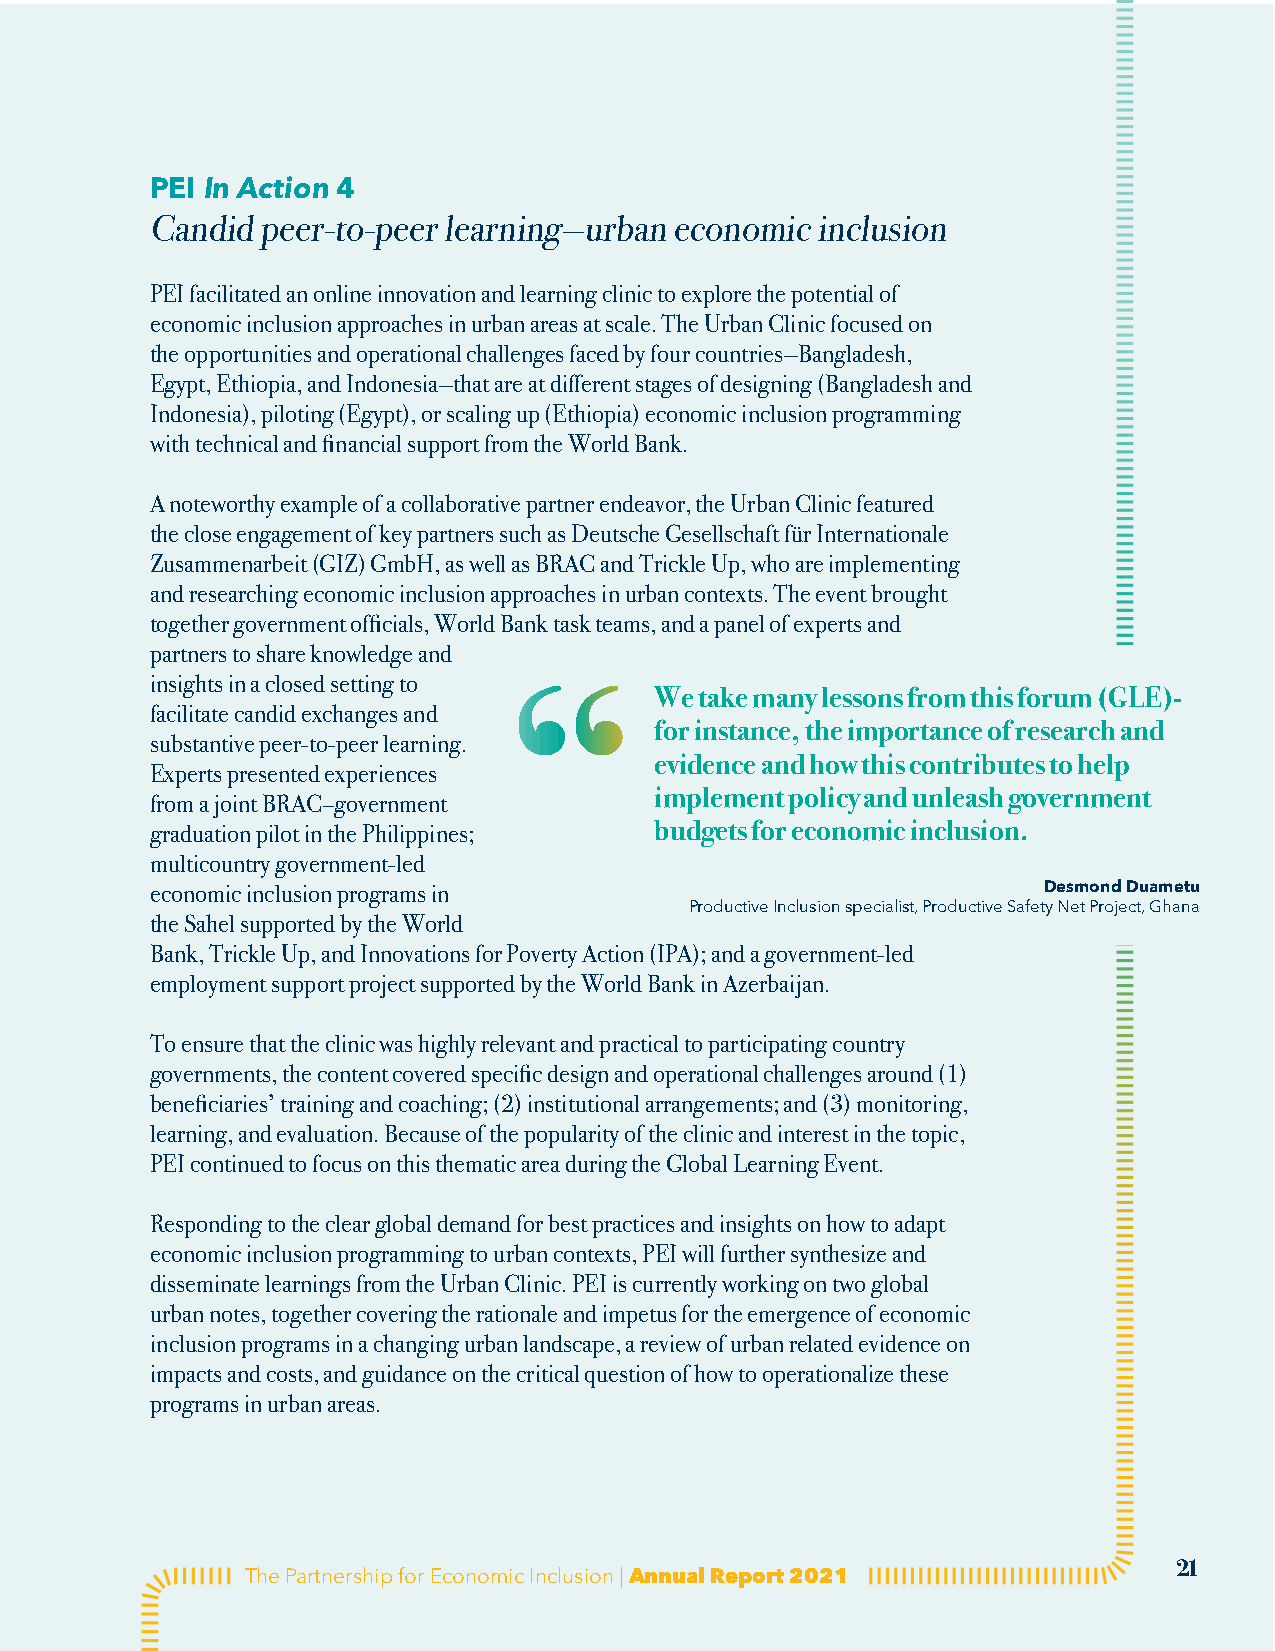
PEI In Action 4
 Candid peer-to-peer learning—urban economic inclusion
 PEI facilitated an online innovation and learning clinic to explore the potential of
 economic inclusion approaches in urban areas at scale. The Urban Clinic focused on
 the opportunities and operational challenges faced by four countries—Bangladesh,
 Egypt, Ethiopia, and Indonesia—that are at different stages of designing (Bangladesh and
 Indonesia), piloting (Egypt), or scaling up (Ethiopia) economic inclusion programming
 with technical and financial support from the World Bank.
 A noteworthy example of a collaborative partner endeavor, the Urban Clinic featured
 the close engagement of key partners such as Deutsche Gesellschaft für Internationale
 Zusammenarbeit (GIZ) GmbH, as well as BRAC and Trickle Up, who are implementing
 and researching economic inclusion approaches in urban contexts. The event brought
 together government officials, World Bank task teams, and a panel of experts and
 partners to share knowledge and
 insights in a closed setting to “
 We take many lessons from this forum (GLE)-
 facilitate candid exchanges and
 for instance, the importance of research and
 substantive peer-to-peer learning.
 evidence and how this contributes to help
 Experts presented experiences
 from a joint BRAC–government     implement policy and unleash government
 graduation pilot in the Philippines; budgets for economic inclusion.
 multicountry government-led
 economic inclusion programs in                             Desmond Duametu
 Productive Inclusion specialist, Productive Safety Net Project, Ghana
 the Sahel supported by the World
 Bank, Trickle Up, and Innovations for Poverty Action (IPA); and a government-led
 employment support project supported by the World Bank in Azerbaijan.
 To ensure that the clinic was highly relevant and practical to participating country
 governments, the content covered specific design and operational challenges around (1)
 beneficiaries’ training and coaching; (2) institutional arrangements; and (3) monitoring,
 learning, and evaluation. Because of the popularity of the clinic and interest in the topic,
 PEI continued to focus on this thematic area during the Global Learning Event.
 Responding to the clear global demand for best practices and insights on how to adapt
 economic inclusion programming to urban contexts, PEI will further synthesize and
 disseminate learnings from the Urban Clinic. PEI is currently working on two global
 urban notes, together covering the rationale and impetus for the emergence of economic
 inclusion programs in a changing urban landscape, a review of urban related evidence on
 impacts and costs, and guidance on the critical question of how to operationalize these
 programs in urban areas.
 21
 The Partnership for Economic Inclusion | Annual Report 2021